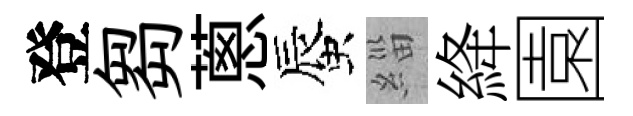
登芻蔥蜃緇絳園